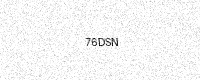
Text: 76DSN